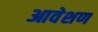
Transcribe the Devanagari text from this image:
आवेशण